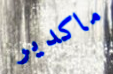
ماكدير